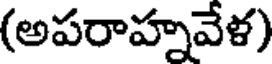
(అపరాహ్నవేళ)